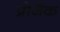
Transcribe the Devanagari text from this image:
प्रोजैक